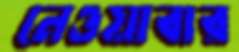
নেওয়াবার